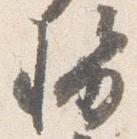
勢